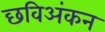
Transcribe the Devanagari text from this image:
छविअंकन